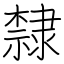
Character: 隸